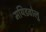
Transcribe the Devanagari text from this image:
मयिडवोलु